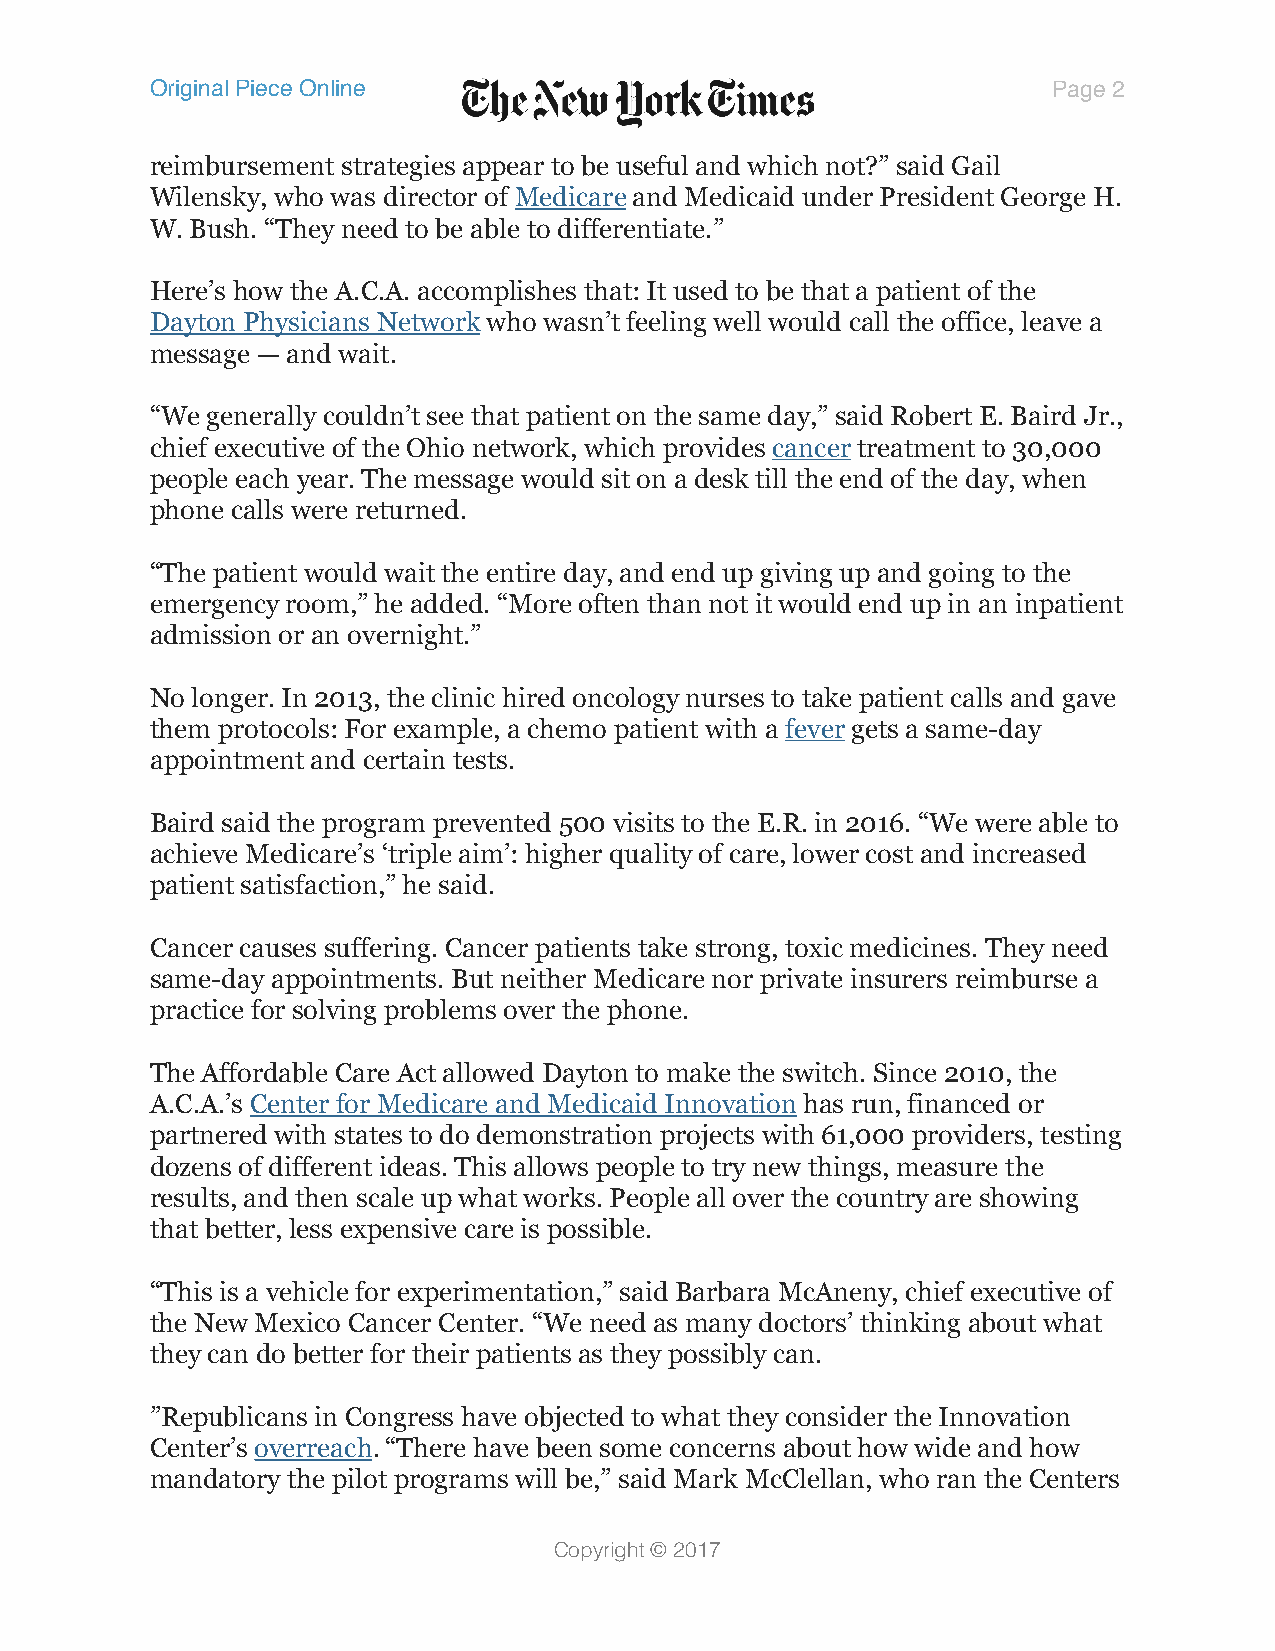
Original Piece Online                                       Page 2

 reimbursement strategies appear to be useful and which not?” said Gail
 Wilensky, who was director of Medicare and Medicaid under President George H.
 W. Bush. “They need to be able to differentiate.”
 Here’s how the A.C.A. accomplishes that: It used to be that a patient of the
 Dayton Physicians Network who wasn’t feeling well would call the office, leave a
 message — and wait.
 “We generally couldn’t see that patient on the same day,” said Robert E. Baird Jr.,
 chief executive of the Ohio network, which provides cancer treatment to 30,000
 people each year. The message would sit on a desk till the end of the day, when
 phone calls were returned.
 “The patient would wait the entire day, and end up giving up and going to the
 emergency room,” he added. “More often than not it would end up in an inpatient
 admission or an overnight.”
 No longer. In 2013, the clinic hired oncology nurses to take patient calls and gave
 them protocols: For example, a chemo patient with a fever gets a same-day
 appointment and certain tests.
 Baird said the program prevented 500 visits to the E.R. in 2016. “We were able to
 achieve Medicare’s ‘triple aim’: higher quality of care, lower cost and increased
 patient satisfaction,” he said.
 Cancer causes suffering. Cancer patients take strong, toxic medicines. They need
 same-day appointments. But neither Medicare nor private insurers reimburse a
 practice for solving problems over the phone.
 The Affordable Care Act allowed Dayton to make the switch. Since 2010, the
 A.C.A.’s Center for Medicare and Medicaid Innovation has run, financed or
 partnered with states to do demonstration projects with 61,000 providers, testing
 dozens of different ideas. This allows people to try new things, measure the
 results, and then scale up what works. People all over the country are showing
 that better, less expensive care is possible.
 “This is a vehicle for experimentation,” said Barbara McAneny, chief executive of
 the New Mexico Cancer Center. “We need as many doctors’ thinking about what
 they can do better for their patients as they possibly can.
 ”Republicans in Congress have objected to what they consider the Innovation
 Center’s overreach. “There have been some concerns about how wide and how
 mandatory the pilot programs will be,” said Mark McClellan, who ran the Centers
 Copyright © 2017